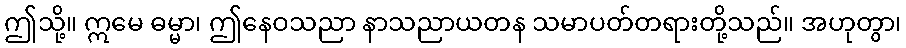
ဤသို့။ ဣမေ ဓမ္မာ၊ ဤနေဝသညာ နာသညာယတန သမာပတ်တရားတို့သည်။ အဟုတွာ၊